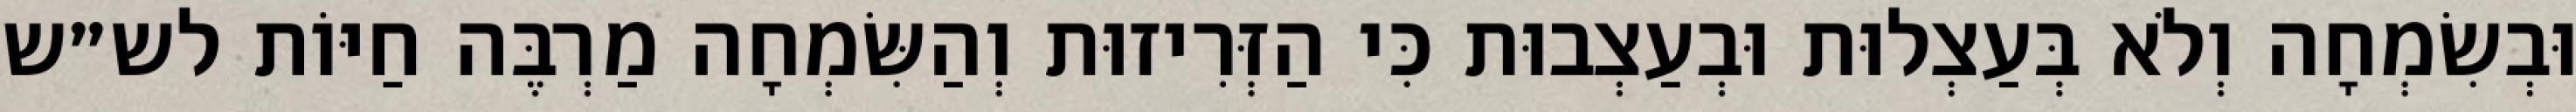
וּבְשִׂמְחָה וְלֹא בְּעַצְלוּת וּבְעַצְבוּת כִּי הַזְּרִיזוּת וְהַשִּׂמְחָה מַרְבֶּה חַיּוֹת לש״ש